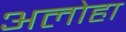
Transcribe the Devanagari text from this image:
अलोहा